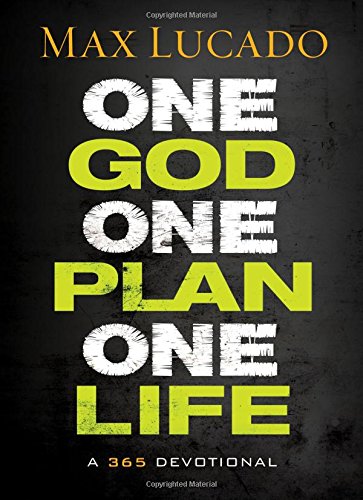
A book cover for One God, One Plan, One Life: A 365 Devotional; Max Lucado; Christian Books & Bibles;